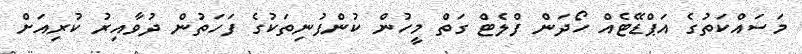
މަސައްކަތުގެ އަޕްޑޭޓެއް ހޯދަން ފްލެޓް ގަތް މީހުން ކުންފުނިތަކުގެ ފަހަތުން ދުވާއިރު ކުރިއަށް